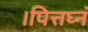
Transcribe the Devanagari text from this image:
।पित्तघ्नं